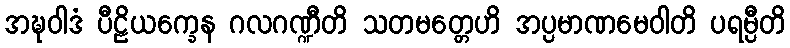
အဍ္ဎဝါဒံ ပီဠိယက္ခေန ဂလဂဏ္ဍီတိ သတမတ္တေဟိ အပ္ပမာဏမေဝါတိ ပရမ္ပီတိ